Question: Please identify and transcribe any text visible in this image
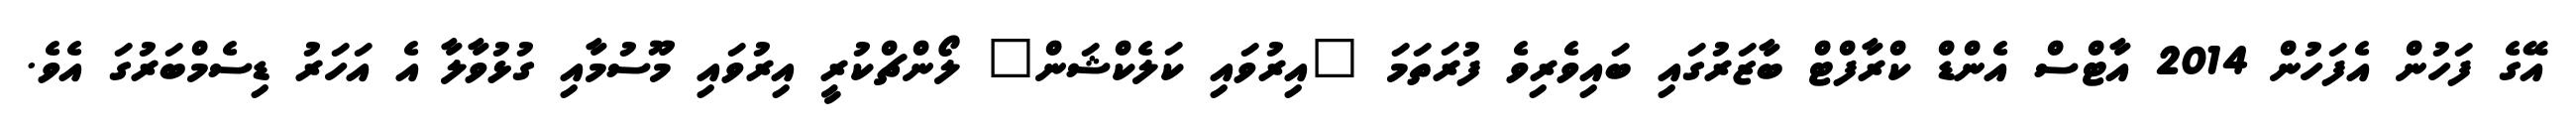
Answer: އޭގެ ފަހުން އެފަހުން 2014 އާޓްސް އެންޑް ކްރާފްޓް ބާޒަރުގައި ބައިވެރިވެ ފުރަތަމަ "އިރުވައި ކަލެކްޝަން" ލޯންޗްކުރީ އިރުވައި މޫސުމާއި ގުޅުވާލާ އެ އަހަރު ޑިސެމްބަރުގަ އެވެ.